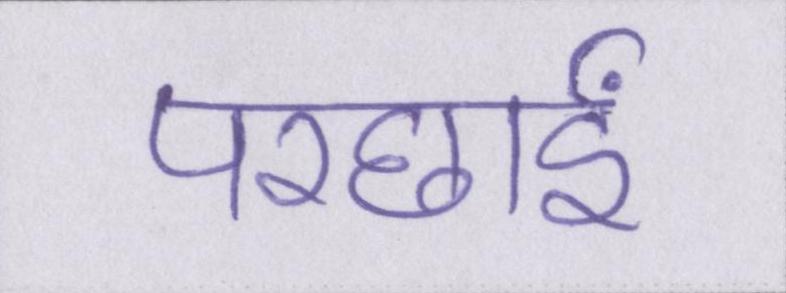
परछाईं